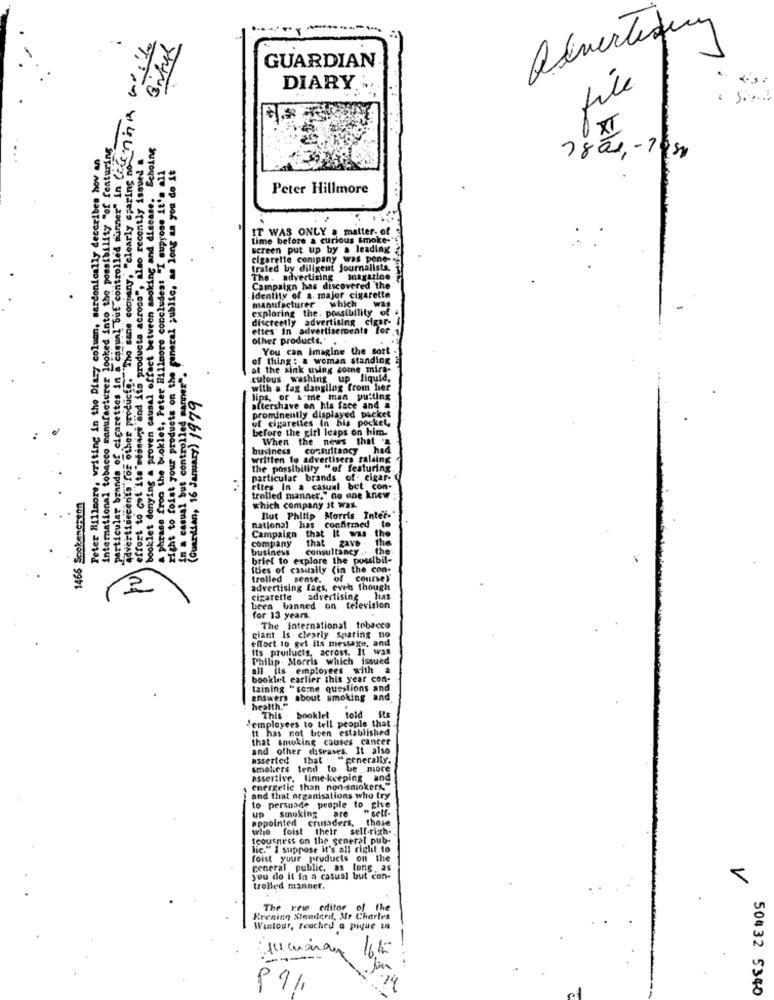
wide
GUARDIAN
file
DIARY
particular brands of cigarettes in a casual but controlled minner in Centi
. XI
International tobacco manufacturer looked into the possibility "of featuring
Advertisements for other products. The same company, "clearly sparing no"
booklet denying a proven causal effect between cooking and disease. Echoing
Peter Hillmore, writing in the Diary column, sardonically describes hov an
effort to cot its'message and its products across", also recently issued a
right to foiat your products on the general public, as long as you do it
78 00, - 7950
* phrase from the booklet, Peter Hillmore concludest "I suppose it's al
Peter Hillmore
.
IT WAS ONLY a matter- of
time before & curious smoke-
screen put up by a leading
cigarette company
as pone
traled by diligent
The. advertising
magazine
Campaign has discovered the
Identity of a. major cigarette
manufacturer
Was
exploring the. possibility of
which
discreetly advertising cigar-
ettes' in advertisements for
other products.'
You can Imagine the sort
a casual but controlled manner" .!
of thing : a woman standing
at the sink using some mira-
culous washing up liquid.
(Guardian, 16 January) 1979
with a fag dangllog from her
lips, or i'me man, putting
aftershave on his face and
uf cigarettes In his pocket,
prominently displayed packet
before the girl leaps on him.
When the news that
business
consultancy
had
written to advertisers ralsing
the possibility "of featuring
particular brands of- cigar-
eltes In a casual bet con-
1466 Scokeneaton
trolled manner." no one knew
which company it was.
But Philip Morris Inter-
national has
Campaign that It was
confitmed to
the
company
that
ZAVO
The
business
consultancy
the
brief to explore the possibil-
Ities of casually
(in the con-
trolled
sense.
CourseY
advertising fags, even though
cigarette
advertising
has
been banned on television
for 13 years.
giant Is clearly sparing no
The international tobacco
effort to gel its message, and
Its proilucts, across. It was
Philip . Morris which issued
all its employees with
a
booklet earlier this year con-
taining " some questions and
answers about smoking and
health."
"cinployees to tell people that
This
booklet
told
its
It has not been established
that sowking causes cancer
and other diseases. It also
Asserted that
that
"generaliy.
smokers tend to be.
.. more
assertive, lime-keeping and
energetic than non-smokers."
to persuade people to give
and that organisations who try
Smoking
are
" sell-
appointed
crusaders.
these
whe foist
their self-righ-
tcousness on the general pub-
lic." I suppose it's all right to
foist your products on the
1
general public, as long as
you do it in a casual but con-
trolled manner.
The rewe editor
of the
Erening Standard, Ar Charles
Wintour, reached a pique zn
991
50432 5340